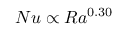
N u \propto R a ^ { 0 . 3 0 }